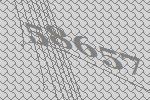
58657